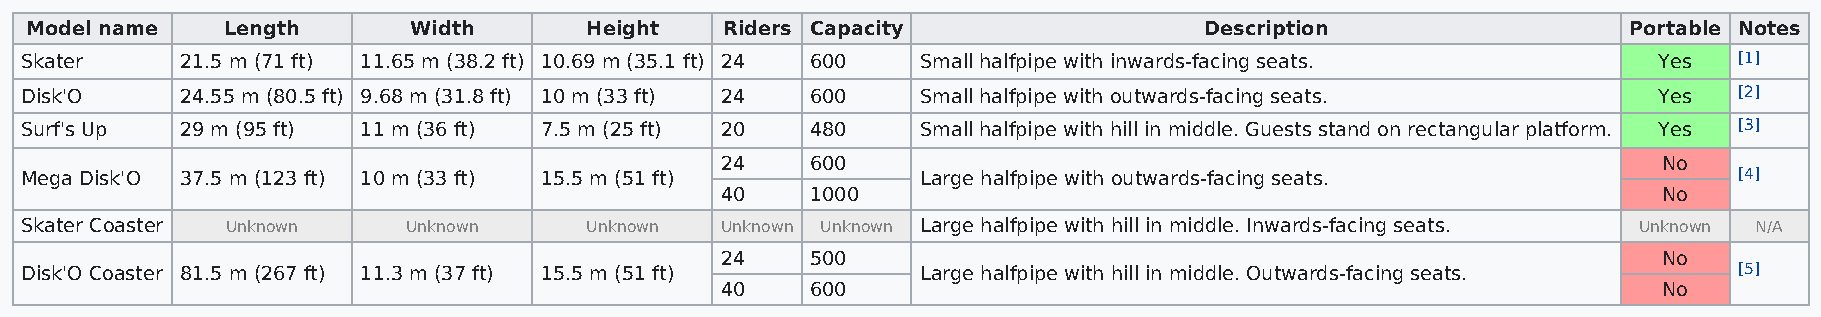
Model name   Length      Width       Height   Riders Capacity                 Description                 Portable Notes
 Skater     21.5 m (71 ft) 11.65 m (38.2 ft) 10.69 m (35.1 ft) 24 600 Small halfpipe with inwards-facing seats. Yes [1]
 Disk'O     24.55 m (80.5 ft) 9.68 m (31.8 ft) 10 m (33 ft) 24 600 Small halfpipe with outwards-facing seats. Yes  [2]
 Surf's Up  29 m (95 ft) 11 m (36 ft) 7.5 m (25 ft) 20 480   Small halfpipe with hill in middle. Guests stand on rectangular platform. Yes [3]
 24    600                                                     No
 Mega Disk'O 37.5 m (123 ft) 10 m (33 ft) 15.5 m (51 ft)     Large halfpipe with outwards-facing seats.            [4]
 40    1000                                                    No
 Skater Coaster Unknown    Unknown     Unknown  Unknown Unknown Large halfpipe with hill in middle. Inwards-facing seats. Unknown N/A
 24    500                                                     No
 Disk'O Coaster 81.5 m (267 ft) 11.3 m (37 ft) 15.5 m (51 ft) Large halfpipe with hill in middle. Outwards-facing seats. [5]
 40    600                                                     No